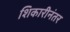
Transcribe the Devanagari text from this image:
शिकारीनंतर